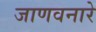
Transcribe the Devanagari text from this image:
जाणवनारे